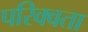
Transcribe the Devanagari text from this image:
परिक्वता